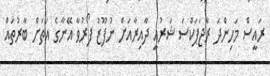
ރައީސް މަހިންދަ ރާޖަޕަކްސަ ޝަރުއީ ދާއިރާއަށް ނުފޫޒު ފޯރުވާ އޭނާގެ އަތަށް ބާރުތައް